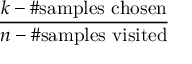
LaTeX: \frac { k - \# { \mathrm { s a m p l e s ~ c h o s e n } } } { n - \# { \mathrm { s a m p l e s ~ v i s i t e d } } }